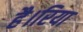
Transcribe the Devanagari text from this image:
है।रिया